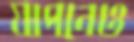
যাপনেও